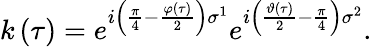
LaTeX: k\left(\tau\right)=e^{i\left(\frac{\pi}{4}-\frac{\varphi\left(\tau\right)}{2}\right)\sigma^{1}}e^{i\left(\frac{\vartheta\left(\tau\right)}{2}-\frac{\pi}{4}\right)\sigma^{2}}.